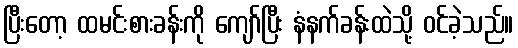
ပြီးတော့ ထမင်းစားခန်းကို ကျော်ပြီး နံနက်ခန်းထဲသို့ ဝင်ခဲ့သည်။